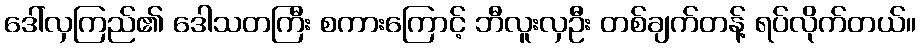
ဒေါ်လှကြည်၏ ဒေါသတကြီး စကားကြောင့် ဘီလူးလှဦး တစ်ချက်တန့် ရပ်လိုက်တယ်။